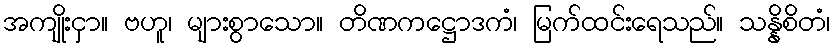
အကျိုးငှာ။ ဗဟူ၊ များစွာသော။ တိဏကဋ္ဌောဒကံ၊ မြက်ထင်းရေသည်။ သန္နိစိတံ၊